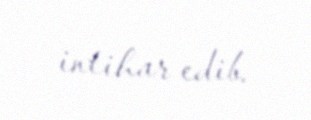
intihar edib.